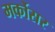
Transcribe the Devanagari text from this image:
मर्कोसर